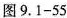
图9.1-55